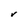
Character: r